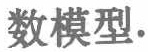
数模型.